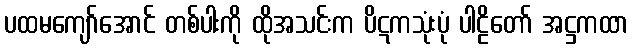
ပထမကျော်အောင် တစ်ပါးကို ထိုအသင်းက ပိဋကသုံးပုံ ပါဠိတော် အဋ္ဌကထာ